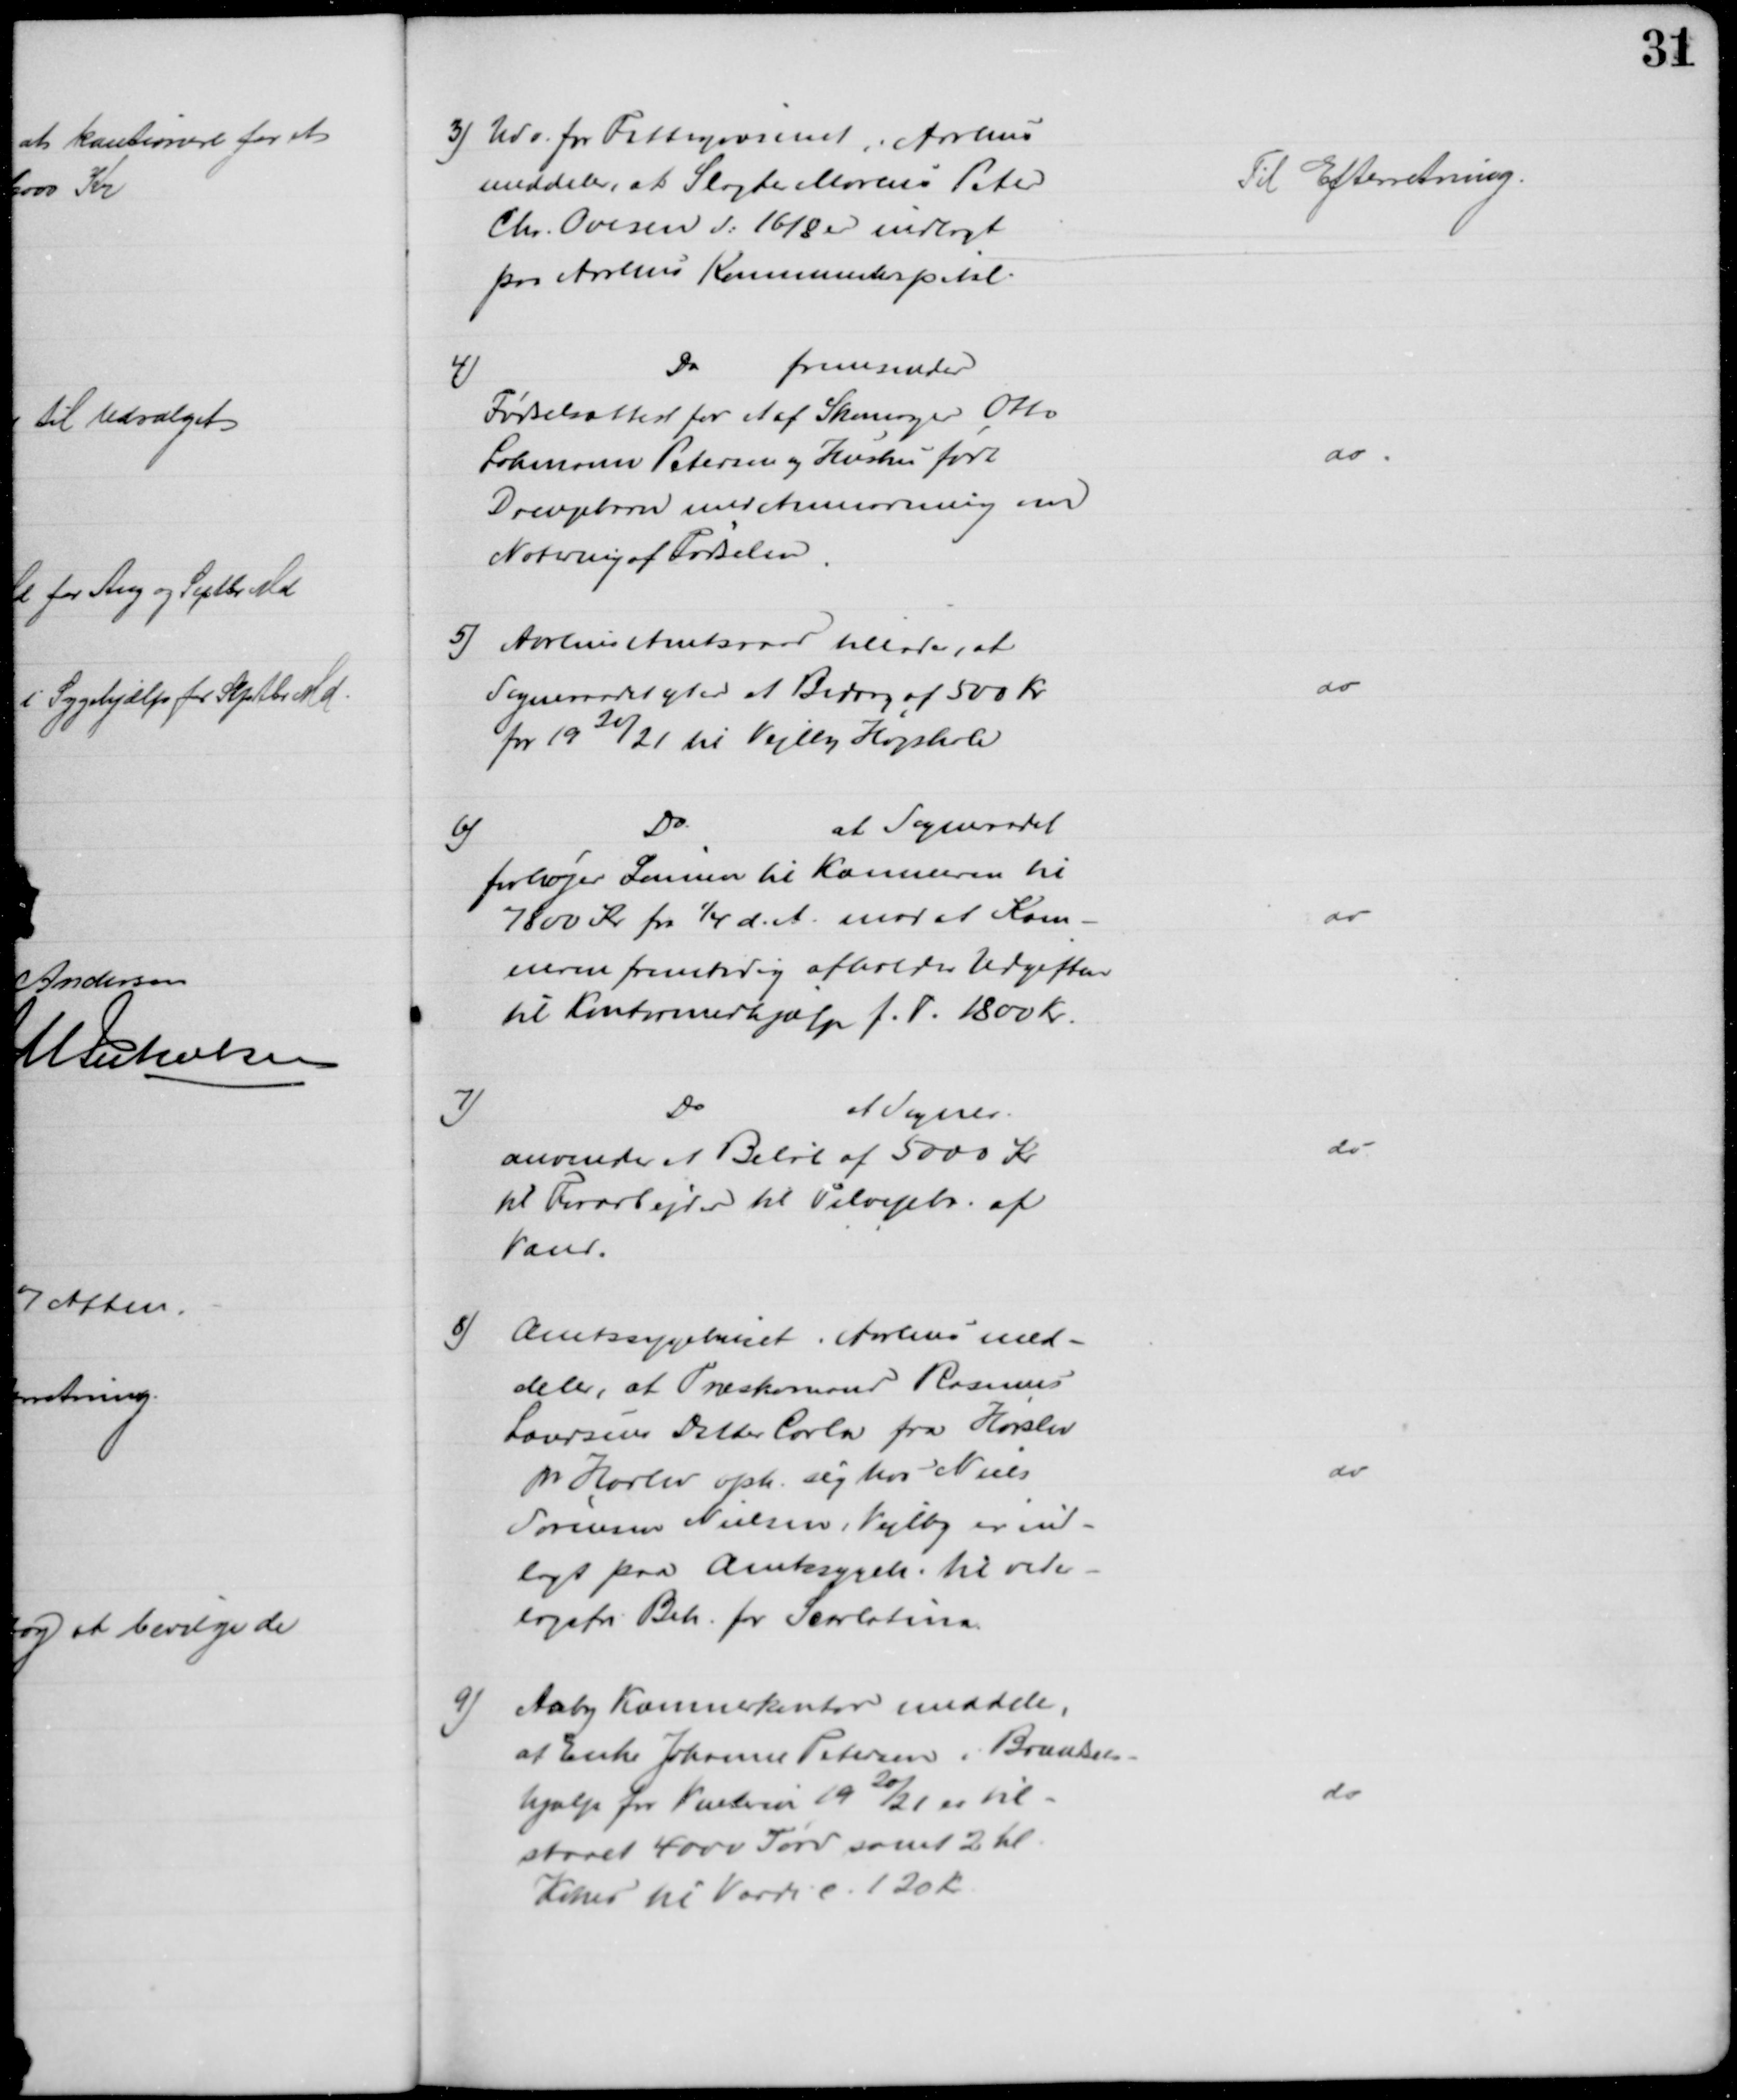
Transskription:
3) Udv. for Fattigvæsenet i Aarhus
meddeler, at Slagter Marius Peter
Chr. Ovesen d: 16/8 er indlagt
paa Aarhus Kommunehospital
Til Efterretning.
4)
Do fremsender
Fødselsattest for et af Skomager Otto
Lohmann Petersen og Hustru født
Drengebarn med Anmodning om
Notering af Fødselen
do
5) Aarhus Amtsraad tillader, at
Sogneraadet yder et Bidrag af 500 Kr.
for 1920/21 til Vejlby Højskole
do
6)
Do
at Sognerådet
forhøjer Lønnen til Kæmneren til
7800 Kr pr 1/4 d. A. mod at Kæm-
neren fremtidig afholder Udgiften
til Kontormedhjælp f. T. 1800 Kr.
do
7)
Do
at Sogner.
anvender et Beløb af 5000 Kr
til Forarbejder til Tilvejebr. af
Vand.
do
8)
Amtssygehuset i Aarhus med-
deler, at Træskomand Rasmus
Laursens Datter Carla fra Hørslev
pr Harlev oph. sig hos Niels
Sørensen Nielsen, Vejlby er ind-
lagt paa Amtssygeh. til veder-
lagsfri Beh. for Scarlatina
do
9)
Aaby Kæmnerkontor meddeler,
af Enke Johanne Petersen i Brændsels-
hjælp for Vinteren 1920/21 er til-
staaet 4000 Tørv samt 2 hl
Kokes til Værdi c. 120 Kr.
do